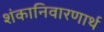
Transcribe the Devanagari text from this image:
शंकानिवारणार्थ